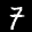
Label: 7